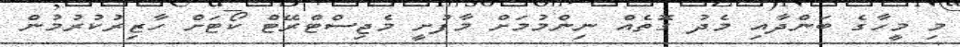
މި މީހާގެ ބަންދާއި މެދު ގޮތެއް ނިންމުމަށް މާފުށީ މެޖިސްޓްރޭޓް ކޯޓަށް ހާޒިރުކުރުމުން